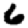
Digit: 6